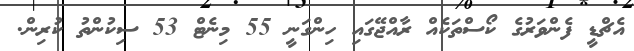
އެޗްޑީ ފެންވަރުގެ ކޯސްތަކެއް ރާއްޖޭގައި ހިންގަނީ 55 މިނެޓް 53 ސިކުންތު ކުރިން.